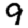
Digit: 9